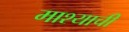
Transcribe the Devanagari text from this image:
माश्याची